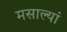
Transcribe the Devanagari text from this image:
मसाल्यां